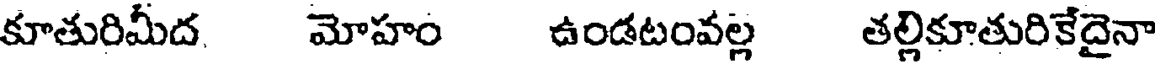
కూతురిమీద మోహం ఉండటంవల్ల తల్లికూతురికేదైనా